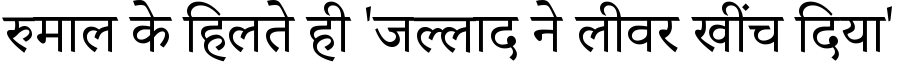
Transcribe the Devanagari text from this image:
रुमाल के हिलते ही 'जल्लाद ने लीवर खींच दिया'